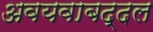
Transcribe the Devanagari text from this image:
अवयवाबद्दल